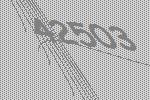
42503